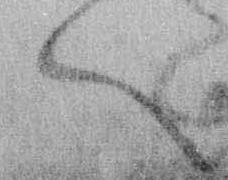
へ